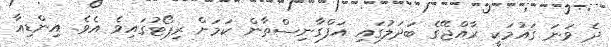
ދެ ވަނަ ގައުމަކީ ރާއްޖޭގެ ބަދަލުގައި އަފްގާނިސްތާން ކަމަށް ރިޕޯޓުގައިވެ އެވެ. އިންޑިއާ